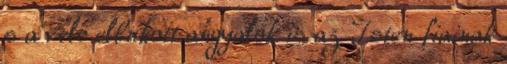
s a vele elbukott angyalok is az Isten fiainak